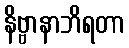
နိဗ္ဗာနာဘိရတာ